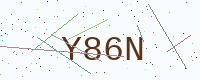
Text: Y86N